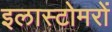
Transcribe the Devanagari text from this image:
इलास्टोमरों